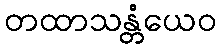
တထာသန္တံယေဝ